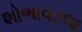
શોભાવડલા